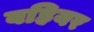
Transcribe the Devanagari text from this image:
बहियर